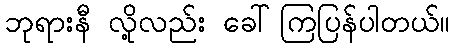
ဘုရားနီ လို့လည်း ခေါ်ကြပြန်ပါတယ်။